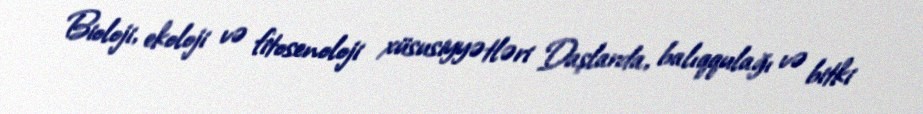
Bioloji, ekoloji və fitosenoloji xüsusiyyətləri Daşlarda, balıqqulağı və bitki